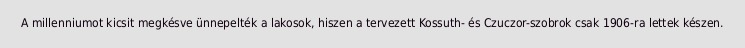
A millenniumot kicsit megkésve ünnepelték a lakosok, hiszen a tervezett Kossuth- és Czuczor-szobrok csak 1906-ra lettek készen.